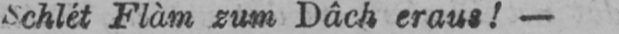
Schlét Flàm zum Dâch eraus!-